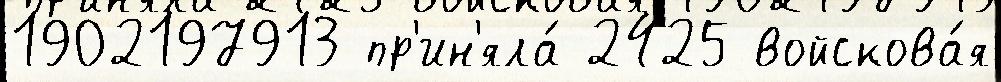
1902197913 пр'ин'яла́ 2425 войскова́я